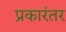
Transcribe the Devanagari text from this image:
प्रकारंतर